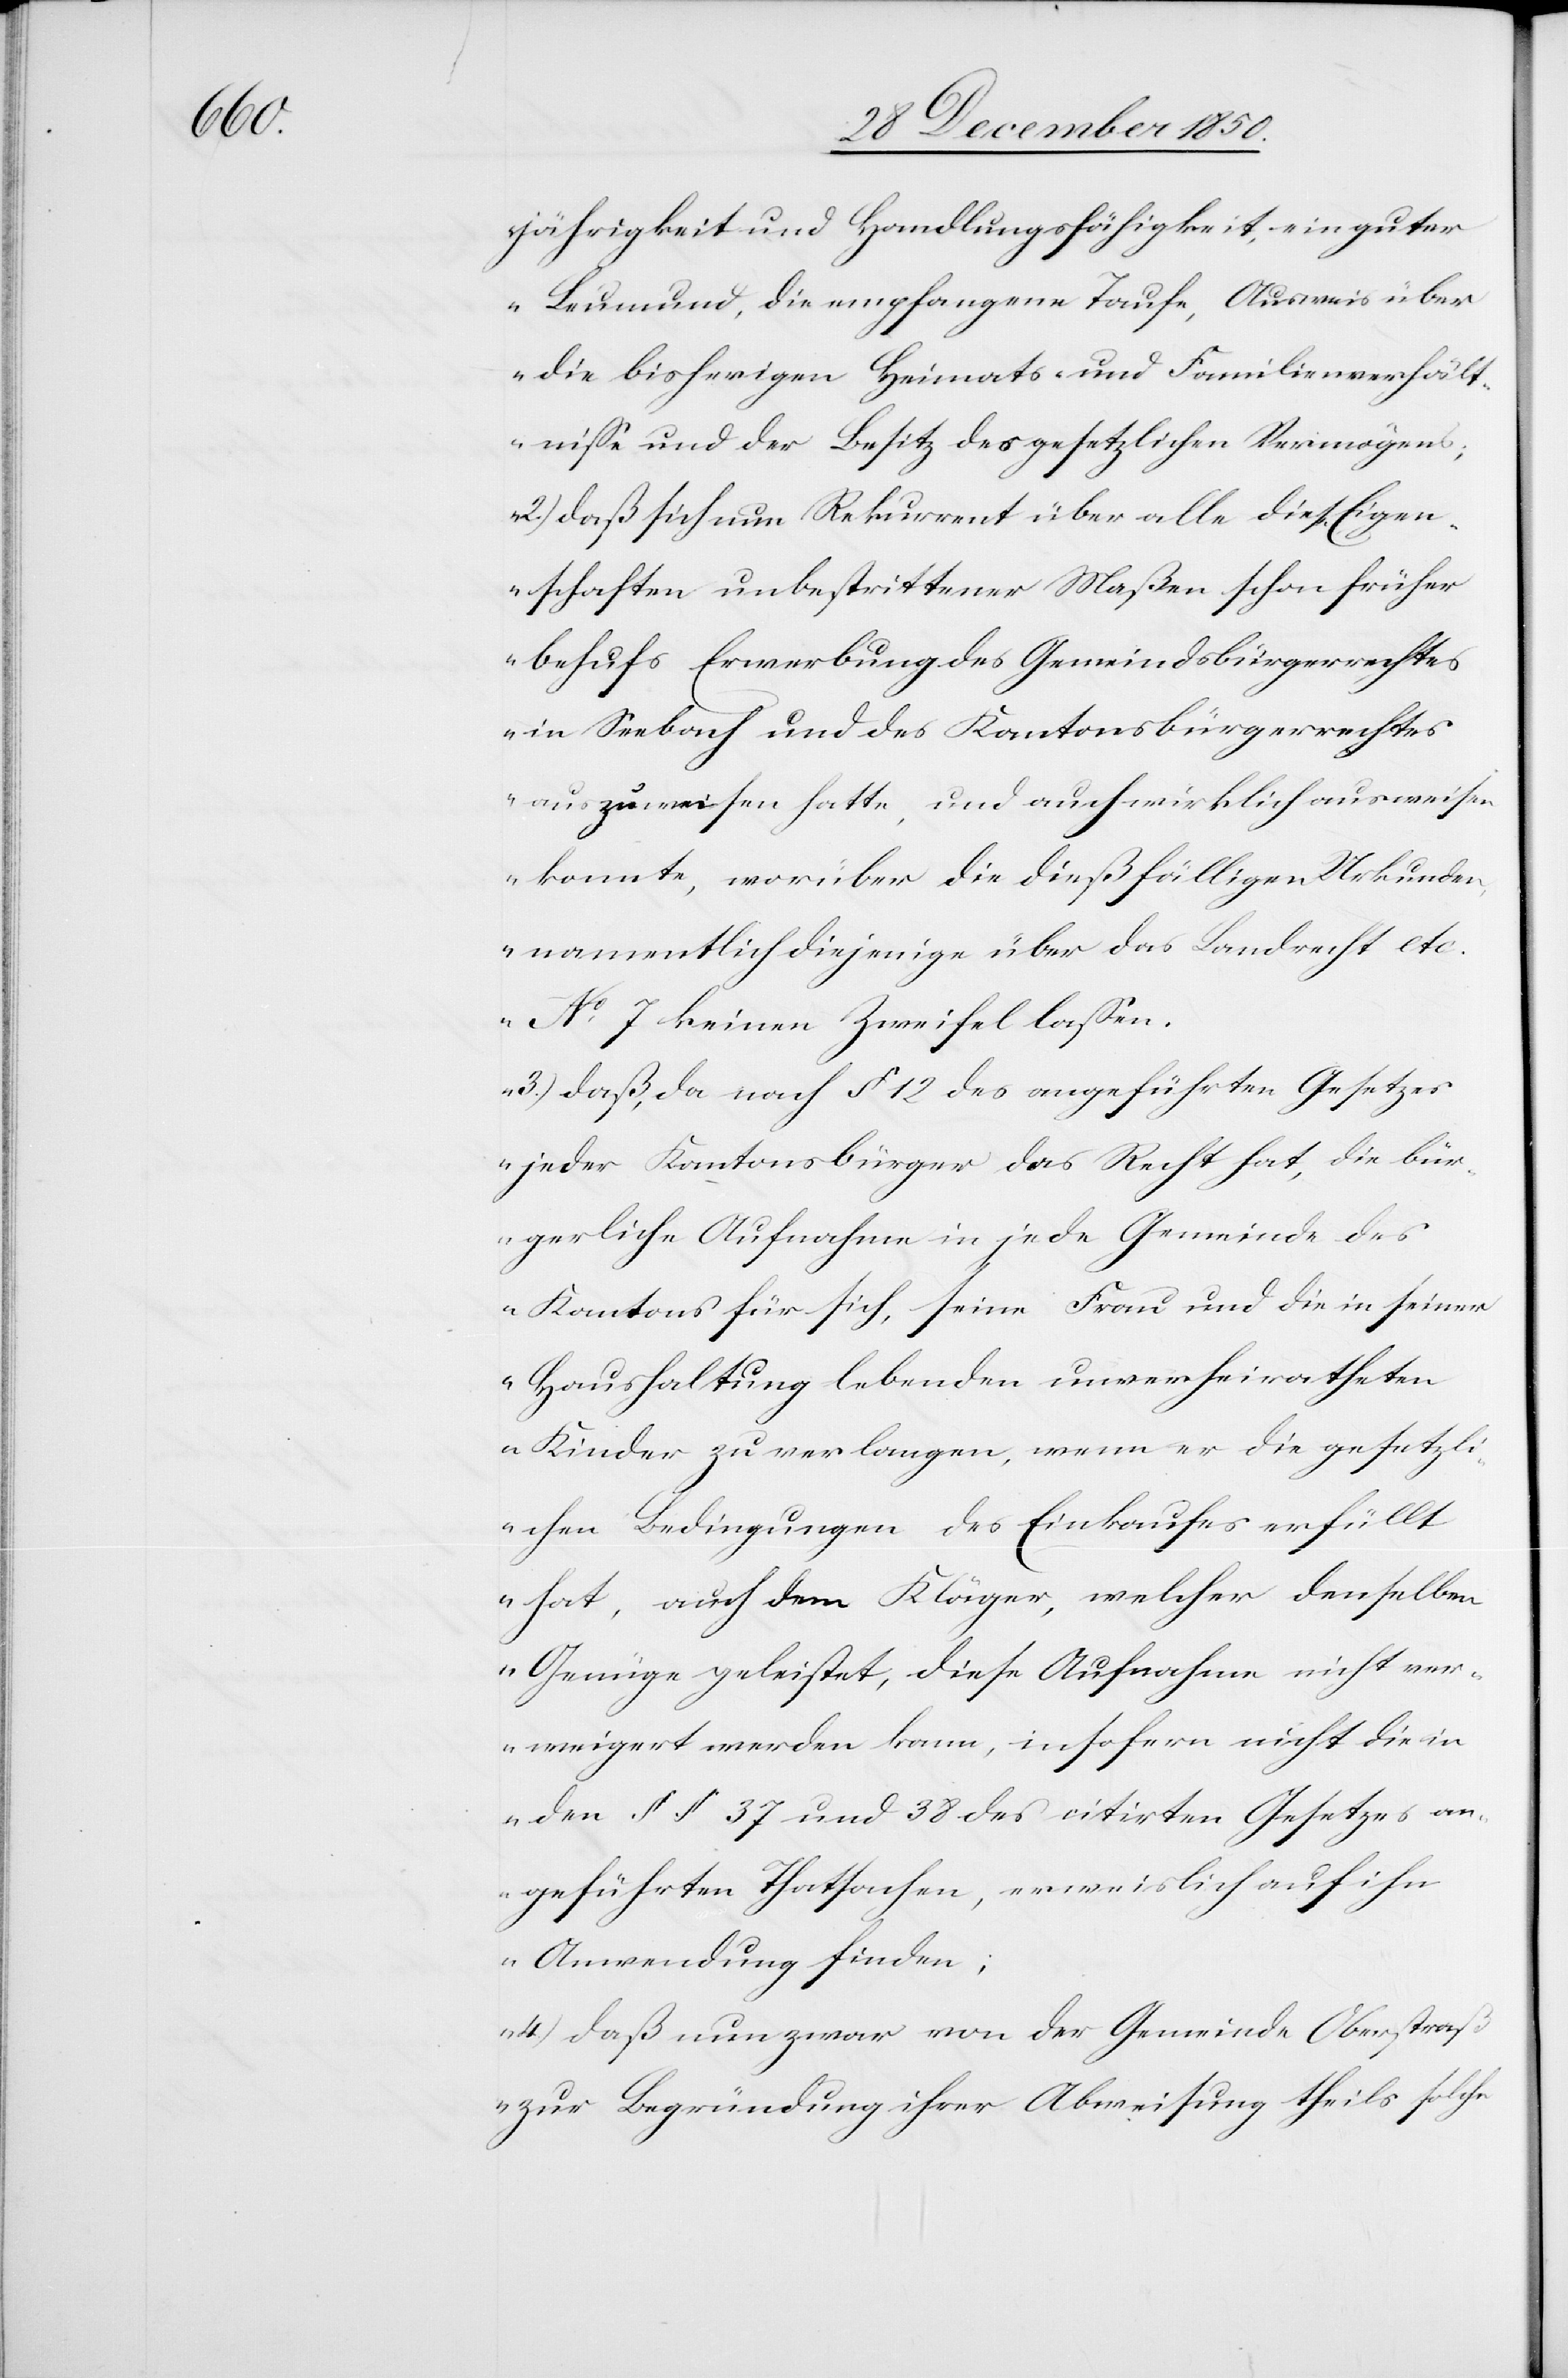
jährigkeit und Handlungsfähigkeit, ein guter
Leumund, die empfangene Taufe, Ausweis über
die bisherigen Heimats- und Familienverhält¬
nisse und der Besitz des gesetzlichen Vermögens;
2.) daß sich nun Rekurrent über alle diese Eigen¬
schaften unbestrittener Maßen schon früher
behufs Erwerbung des Gemeindsbürgerrechtes
in Seebach und des Kantonsbürgerrechtes
auszuweisen hatte, und auch wirklich ausweisen
konnte, worüber die dießfälligen Urkunden,
namentlich diejenige über das Landrecht etc.
No 7 keinen Zweifel lassen.
3.) daß, da nach § 12 des angeführten Gesetzes
jeder Kantonsbürger das Recht hat, die bür¬
gerliche Aufnahme in jede Gemeinde des
Kantons für sich, seine Frau und die in seiner
Haushaltung lebenden unverheiratheten
Kinder zu verlangen, wenn er die gesetzli¬
chen Bedingungen des Einkaufes erfüllt
hat, auch dem Kläger, welcher denselben
Genüge geleistet, diese Aufnahme nicht ver¬
weigert werden kann, insofern nicht die in
den § § 37 und 38 des citirten Gesetzes an¬
geführten Thatsachen, erweislich auf ihn
Anwendung finden;
4.) daß nun zwar von der Gemeinde Oberstraß
zur Begründung ihrer Abweisung theils solche